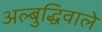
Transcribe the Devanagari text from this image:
अल्बुद्धिवाले